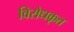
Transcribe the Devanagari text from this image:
विरोधकृत